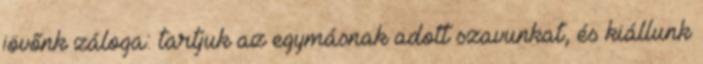
jövőnk záloga: tartjuk az egymásnak adott szavunkat, és kiállunk